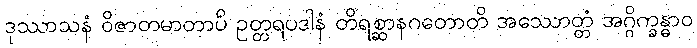
ဒုဿာသနံ ဝိဇာတမာတာပိ ဥတ္တရပဒါနံ တိရစ္ဆာနဂတောတိ အဿောတ္တံ အဂ္ဂိက္ခန္ဓာဝ